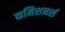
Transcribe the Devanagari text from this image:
कमिशनर्स